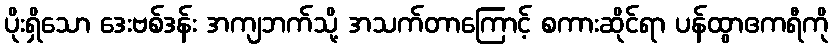
ပိုးရှိသော ဒေးဗစ်ဒန်း အကျဘက်သို့ အသက်တာကြောင့် စကားဆိုင်ရာ ပန်ထွာဧကရီကို